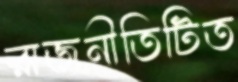
রাজনীতিটিত